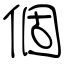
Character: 個